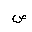
Letter: _sad